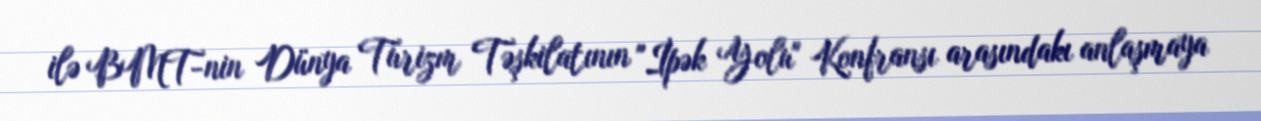
ilə BMT-nin Dünya Turizm Təşkilatının "İpək Yolu" Konfransı arasındakı anlaşmaya